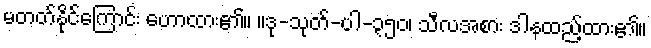
မတတ်နိုင်ကြောင်း ဟောထား၏။ ။ဒု-သုတ်-ပါ-၃၅၀၊ သီလအစား ဒါနထည့်ထား၏။